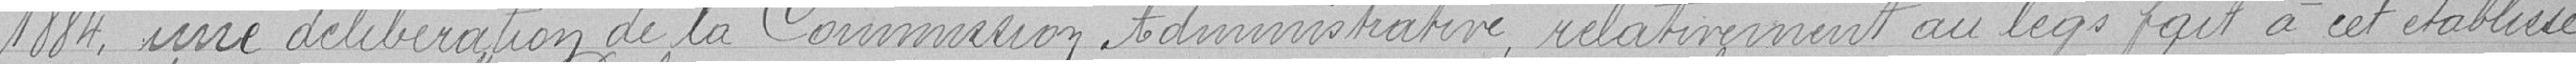
1884, une délibération de la Commission administrative, relativement au legs fait à cet établisse-